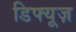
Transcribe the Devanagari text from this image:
डिफ्यूज़